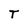
Character: T